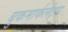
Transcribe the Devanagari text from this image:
बुकमार्कलेट्स